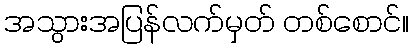
အသွားအပြန်လက်မှတ် တစ်စောင်။